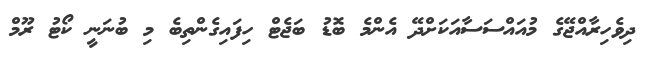
ދިވެހިރާއްޖޭގެ މުއައްސަސާއަކަށްދޭ އެންމެ ބޮޑު ބަޖެޓް ހިފައިގެންތިބެ މި ބުނަނީ ކޯޓު ރޫމް